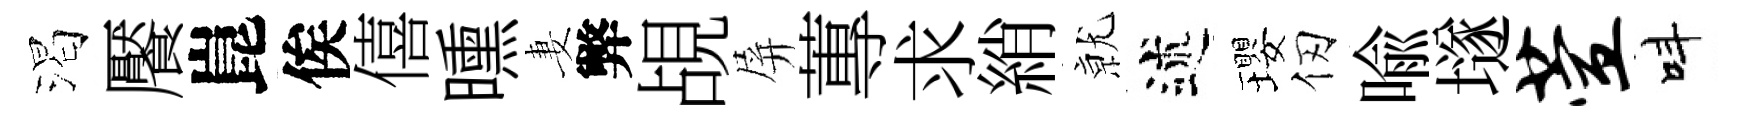
渴饜崑俟僖曛妻弊覘屏蓴求綃𭕒述瓔仞喩𡑞萱呌